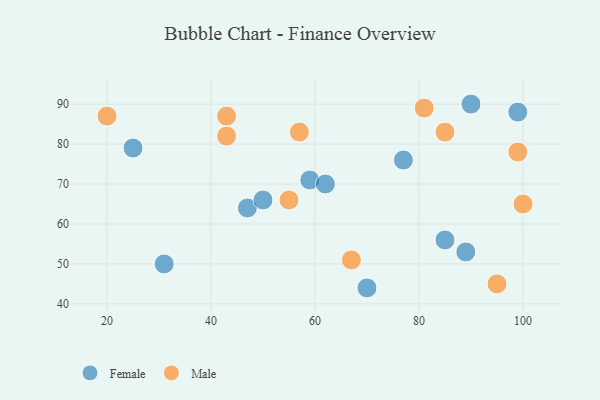
{"axis": {"x": "GDP", "y": "Life Expectancy"}, "legend": ["Female", "Male"], "data": [{"x": "70", "y": 44, "type": "Female"}, {"x": "90", "y": 90, "type": "Female"}, {"x": "25", "y": 79, "type": "Female"}, {"x": "85", "y": 56, "type": "Female"}, {"x": "31", "y": 50, "type": "Female"}, {"x": "77", "y": 76, "type": "Female"}, {"x": "59", "y": 71, "type": "Female"}, {"x": "47", "y": 64, "type": "Female"}, {"x": "50", "y": 66, "type": "Female"}, {"x": "89", "y": 53, "type": "Female"}, {"x": "99", "y": 88, "type": "Female"}, {"x": "62", "y": 70, "type": "Female"}, {"x": "43", "y": 82, "type": "Male"}, {"x": "67", "y": 51, "type": "Male"}, {"x": "85", "y": 83, "type": "Male"}, {"x": "95", "y": 45, "type": "Male"}, {"x": "55", "y": 66, "type": "Male"}, {"x": "100", "y": 65, "type": "Male"}, {"x": "81", "y": 89, "type": "Male"}, {"x": "43", "y": 87, "type": "Male"}, {"x": "57", "y": 83, "type": "Male"}, {"x": "99", "y": 78, "type": "Male"}, {"x": "20", "y": 87, "type": "Male"}]}